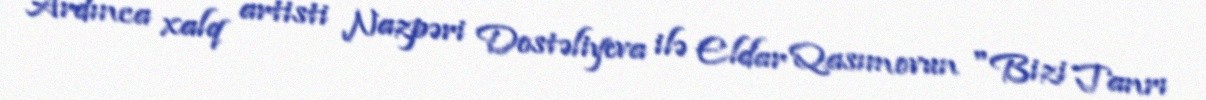
Ardınca xalq artisti Nazpəri Dostəliyeva ilə Eldar Qasımovun "Bizi Tanrı